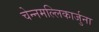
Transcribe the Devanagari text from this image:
चेन्नमल्लिकार्जुना